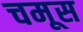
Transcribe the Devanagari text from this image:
चमूस